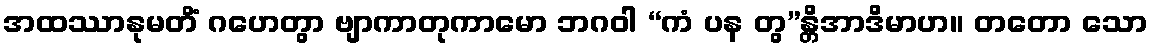
အထဿာနုမတိံ ဂဟေတွာ ဗျာကာတုကာမော ဘဂဝါ “ကံ ပန တွ”န္တိအာဒိမာဟ။ တတော သော